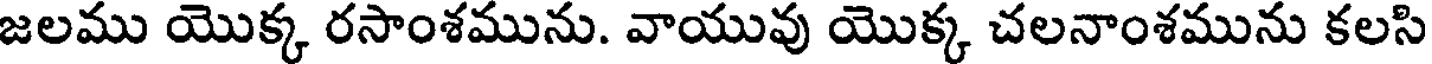
జలము యొక్క రసాంశమును. వాయువు యొక్క చలనాంశమును కలసి